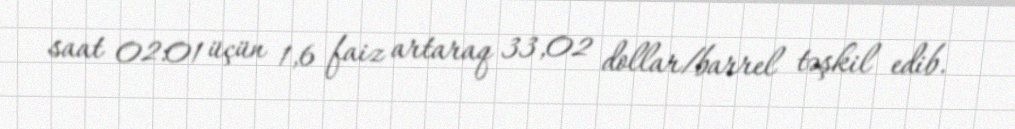
saat 02:01 üçün 1,6 faiz artaraq 33,02 dollar/barrel təşkil edib.